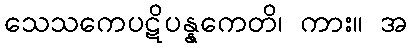
သေသကေပဋိပန္နကေတိ၊ ကား။ အ